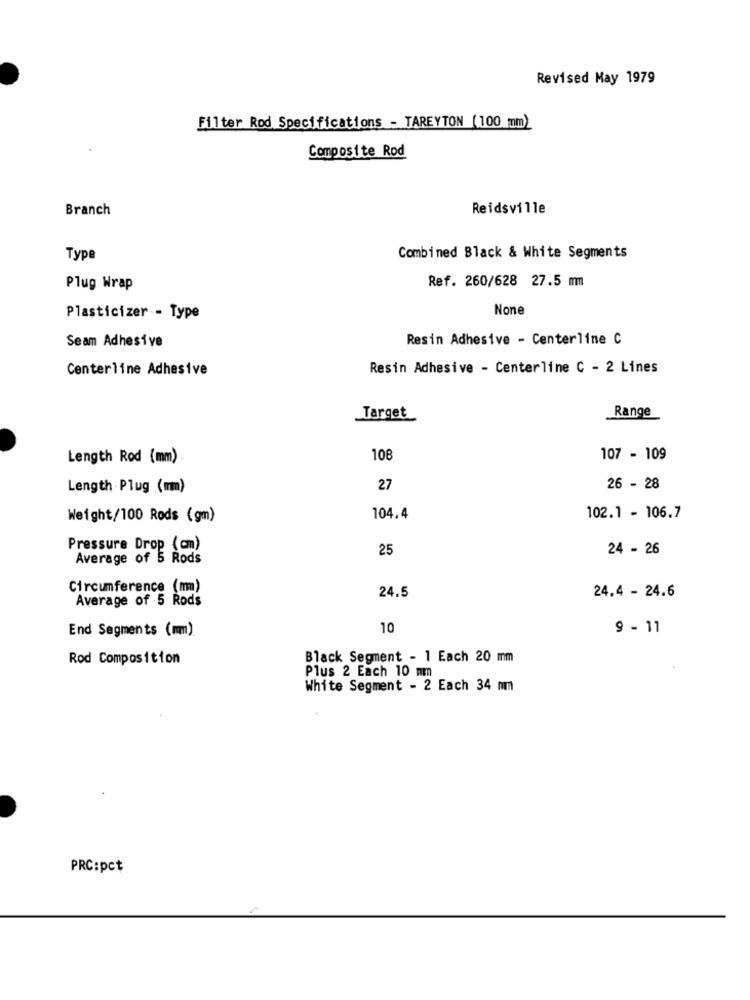
Revised May 1979
Filter Rod Specifications - TAREYTON (100 mm)
Composite Rod
Branch
Reidsville
Type
Combined Black & White Segments
Ref. 260/628 27.5 mm
Plug Wrap
Plasticizer - Type
Seam Adhesive
Resin Adhesive - Centerline C
Centerline Adhesive
Resin Adhesive - Centerline C - 2 Lines
Target
Range
Length Rod (mm)
108
107 - 109
Length Plug (mm)
27
26 - 28
Weight/100 Rods (gm)
104.4
102.1 - 106.7
Pressure Drop (cm)
25
24 - 26
Average of 5 Rods
Circumference (mm)
24.5
Average of 5 Rods
24.4 - 24.6
End Segments (mm)
10
9 - 11
Rod Composition
Black Segment - 1 Each 20 mm
Plus 2 Each 10 mm
White Segment - 2 Each 34 mm
PRC:pct